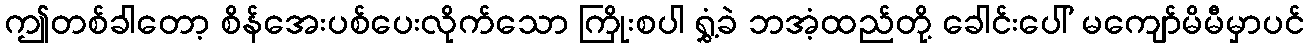
ဤတစ်ခါတော့ စိန်အေးပစ်ပေးလိုက်သော ကြိုးစပါ ရွှံ့ခဲ ဘအံ့ထည်တို့ ခေါင်းပေါ် မကျော်မိမီမှာပင်